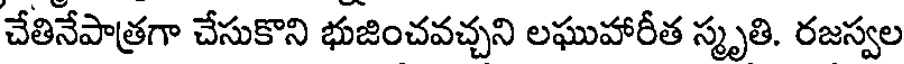
చేతినేపాత్రగా చేసుకొని భుజించవచ్చని లఘుహారీత స్మృతి. రజస్వల